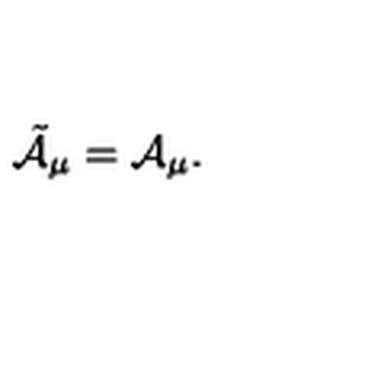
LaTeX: { \tilde { \cal A } } _ { \mu } = { \cal A } _ { \mu } .